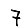
Digit: 7